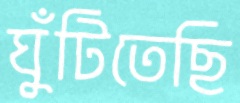
ঘুঁটিতেছি